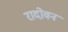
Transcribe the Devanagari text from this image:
रादोवन